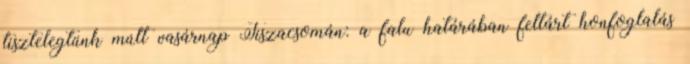
tisztelegtünk múlt vasárnap Tiszacsomán: a falu határában feltárt honfoglalás